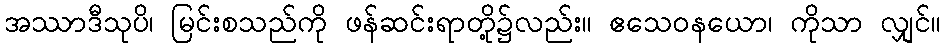
အဿာဒီသုပိ၊ မြင်းစသည်ကို ဖန်ဆင်းရာတို့၌လည်း။ ဧသေဝနယော၊ ကိုသာ လျှင်။